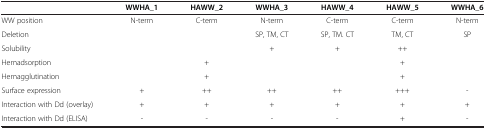
|  | WWHA_1 | HAWW_2 | WWHA_3 | HAWW_4 | HAWW_5 | WWHA_6 |
 | --- | --- | --- | --- | --- | --- | --- |
 | WW position | N-term | C-term | N-term | C-term | C-term | N-term |
 | Deletion |  |  | SP, TM, CT | SP, TM. CT | TM, CT | SP |
 | Solubility |  |  | + | + | ++ |  |
 | Hemadsorption |  | + |  |  | + |  |
 | Hemagglutination |  | + |  |  | + |  |
 | Surface expression | + | ++ | ++ | ++ | +++ | - |
 | Interaction with Dd (overlay) | + | + | + | + | + | + |
 | Interaction with Dd (ELISA) | - | - | - | - | + | - |